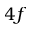
4 f